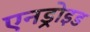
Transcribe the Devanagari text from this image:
एनड्रोइड